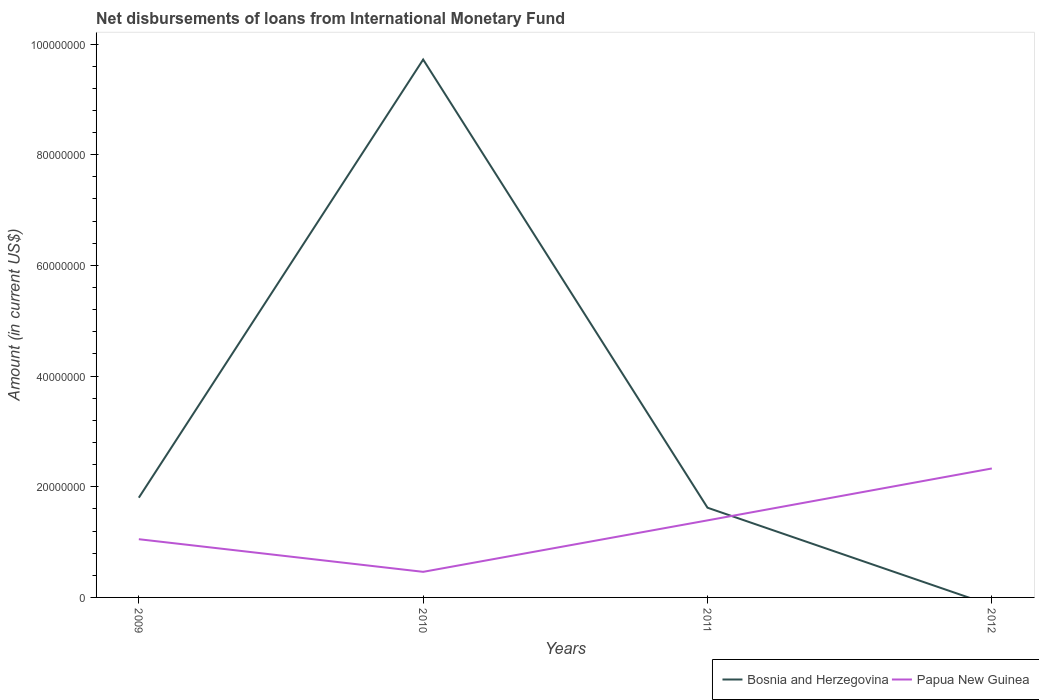
| Years | Bosnia and Herzegovina | Papua New Guinea |
 | --- | --- | --- |
 | 2009 | 1.8e+07 | 1.05e+07 |
 | 2010 | 9.72e+07 | 4.62e+06 |
 | 2011 | 1.62e+07 | 1.39e+07 |
 | 2012 | -1.45e+06 | 2.33e+07 |